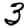
Digit: 3